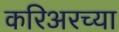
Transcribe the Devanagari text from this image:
करिअरच्या